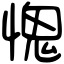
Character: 愧